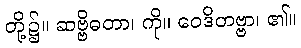
တို့၌။ ဆဗ္ဗိဓတာ၊ ကို။ ဝေဒိတဗ္ဗာ၊ ၏။